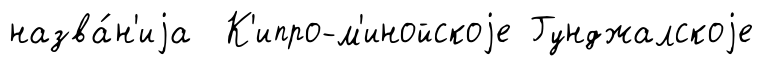
назва́н'иjа К'ипро-м'инойскоjе Гунджалскоjе